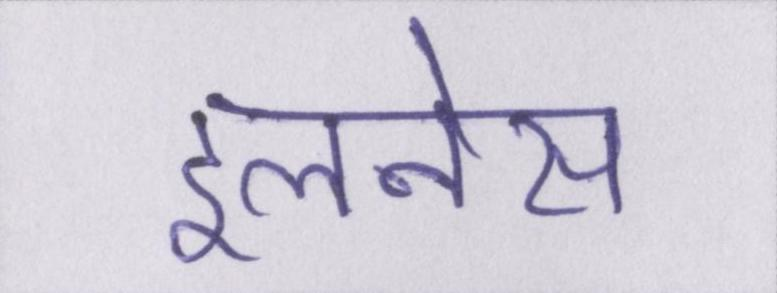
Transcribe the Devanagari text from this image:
इलनेस